Scientific memoirs by medical officers of the Army of India - Part VI,
Year: 1891
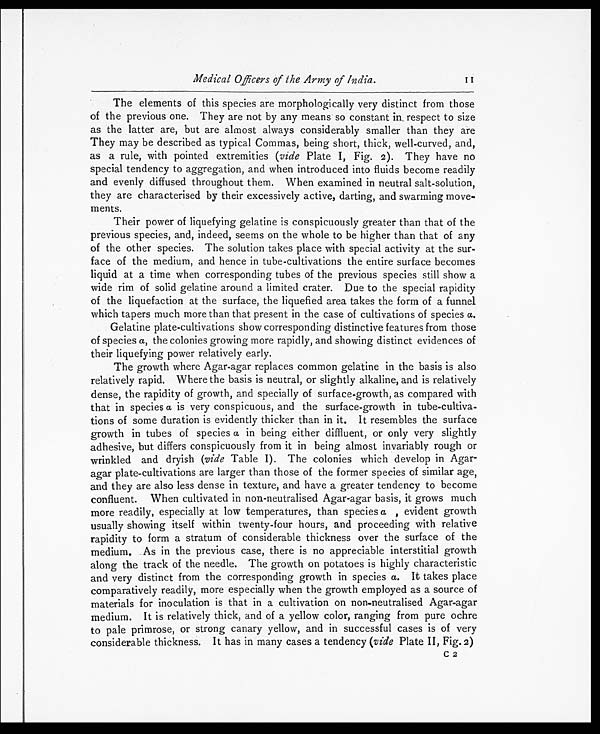
Medical Officers of the Army of India.
The elements of this species are morphologically very distinct from those
of the previous one. They are not by any means so constant in respect to size
as the latter are, but are almost always considerably smaller than they are
They may be described as typical Commas, being short, thick, well-curved, and,
as a rule, with pointed extremities (vide Plate I, Fig. 2). They have no
special tendency to aggregation, and when introduced into fluids become readily
and evenly diffused throughout them. When examined in neutral salt-solution,
they are characterised by their excessively active, darting, and swarming move-
ments.
Their power of liquefying gelatine is conspicuously greater than that of the
previous species, and, indeed, seems on the whole to be higher than that of any
of the other species. The solution takes place with special activity at the sur-
- f a c e o f t h e m e d i u m , a n d h e n c e i n t u b e - c u l t i v a t i o n s t h e e n t i r e s u r f a c e b e c o m e s
liquid at a time when corresponding tubes of the previous species still show a
wide rim of solid gelatine around a limited crater. Due to the special rapidity
of the liquefaction at the surface, the liquefied area takes the form of a funnel
which tapers much more than that present in the case of cultivations of species a.
Gelatine plate-cultivations show corresponding distinctive features from those
of species a , the colonies growing more rapidly, and showing distinct evidences of
their liquefying newer relatively early.
The growth where Agar-agar replaces common gelatine in the basis is also
relatively rapid. Where the basis is neutral, or slightly alkaline, and is relatively
dense, the rapidity of growth, and specially of surface-growth, as compared with
that in species a is very conspicuous, and the surface-growth in tube-cultiva
- t i o n s o f s o m e d u r a t i o n i s e v i d e n t l y t h i c k e r t h a n i n i t . I t r e s e m b l e s t h e s u r f a c e
growth in tubes of species a in being either diffluent, or only very slightly
adhesive, but differs conspicuously from it in being almost invariably rough or
wrinkled and dryish (vide Table I). The colonies which develop in Agar-
agar plate-cultivations are larger than those of the former species of similar age,
and they are also less dense in texture, and have a greater tendency to become
confluent. When cultivated in non-neutralised Agar-agar basis, it grows much
more readily, especially at low temperatures, than species a , evident growth
usually showing itself within twenty-four hours, and proceeding with relative
rapidity to form a stratum of considerable thickness over the surface of the
medium. As in the previous case, there is no appreciable interstitial growth
along the track of the needle. The growth on potatoes is highly characteristic
and very distinct from the corresponding growth in species a. It takes place
comparatively readily, more especially when the growth employed as a source of
materials for inoculation is that in a cultivation on non-neutralised Agar-agar
medium. It is relatively thick, and of a yellow color, ranging from pure ochre
to pale primrose, or strong canary yellow, and in successful cases is of very
considerable thickness. It has in many cases a tendency (vide Plate II, Fig. 2)
C 2
II